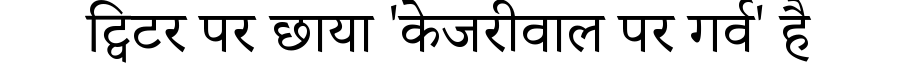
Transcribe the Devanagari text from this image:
ट्विटर पर छाया 'केजरीवाल पर गर्व' है